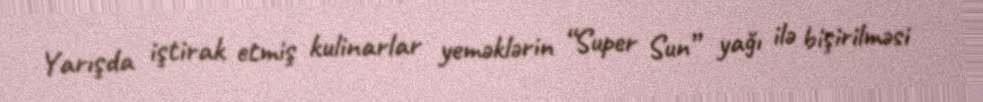
Yarışda iştirak etmiş kulinarlar yeməklərin “Super Sun” yağı ilə bişirilməsi